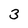
Character: 3